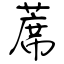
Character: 蓆